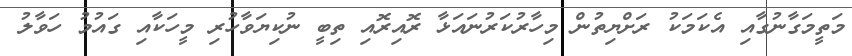
މަތީމަގާނުގާއި އެކަމަކު ރަށްޔިތުން މިހާރުކަރުނައަޅާ ރޮއިރޮއި ތިބީ ނުކިޔަވާހުރި މީހަކާއި ގައުމު ހަވާލު